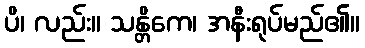
ပိ၊ လည်း။ သန္တိကေ၊ အနီးရုပ်မည်၏။